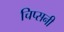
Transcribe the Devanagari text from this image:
चिप्सनी